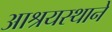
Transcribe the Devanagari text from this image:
आश्रयस्थाने